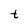
Character: t